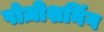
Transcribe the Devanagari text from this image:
पोज़ीशनिंग